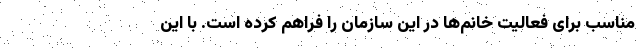
مناسب برای فعالیت خانم‌ها در این سازمان را فراهم کرده است. با این